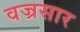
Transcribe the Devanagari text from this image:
वज्रसार